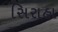
સિરાહા